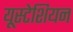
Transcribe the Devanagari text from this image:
यूस्टेशियन